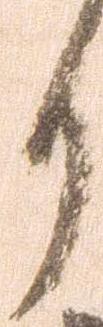
り